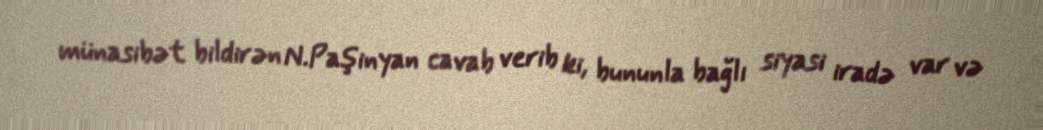
münasibət bildirən N.Paşinyan cavab verib ki, bununla bağlı siyasi iradə var və